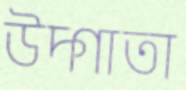
উদ্গাতা